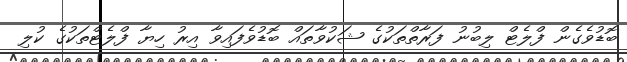
ބޮޑުވެގެން ފްލެޓް ލިބުނު ފަރާތްތަކުގެ ޝަކުވާތައް ބޮޑުވެފައިވާ އިރު ހިޔާ ފްލެޓްތަކުގެ ކުލި